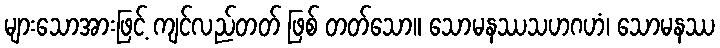
များသောအားဖြင့် ကျင်လည်တတ် ဖြစ် တတ်သော။ သောမနဿသဟဂဟံ၊ သောမနဿ